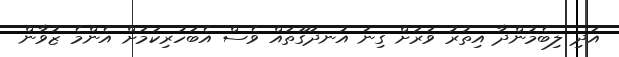
އަދި ލިބެމުންދާ އިތުރު ވަރަށް ގިނަ އުނދަގޫތައް ވެސް އެބަހުރިކަމަށް އެންމެ ޒުވާން